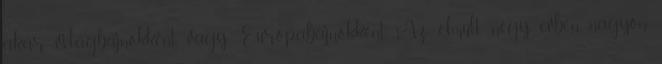
akár világbajnokként vagy Európabajnokként. Az elmúlt négy évben nagyon